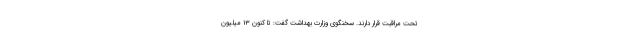
تحت مراقبت قرار دارند. سخنگوی وزارت بهداشت گفت: تا کنون ۱۳ میلیون